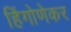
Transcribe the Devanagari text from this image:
हिंगोणेकर